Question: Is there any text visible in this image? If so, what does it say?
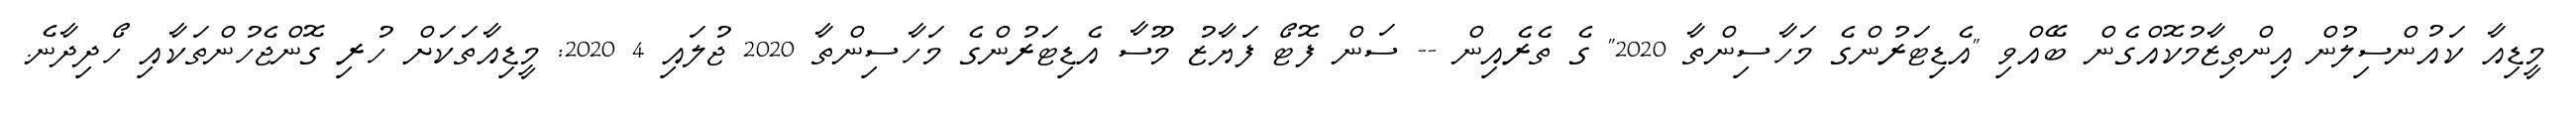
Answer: މީޑިއާ ކައުންސިލުން އިންތިޒާމުކޮއްގެން ބޭއްވި "އެޑިޓަރުންގެ މަހާސިންތާ 2020" ގެ ތެރެއިން -- ސަން ފޮޓޯ ފަޔާޒު މޫސާ އެޑިޓަރުންގެ މަހާސިންތާ 2020 ޖުލައި 4 2020: މީޑިއާތަކަށް ހުރި ގޮންޖެހުންތަކާއި ހޯދިދާނެ.